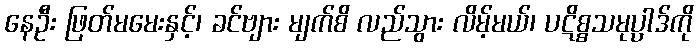
နေဦး ဖြတ်မမေးနှင့်၊ ခင်ဗျား မျက်စိ လည်သွား လိမ့်မယ်၊ ပဋိစ္စသမုပ္ပာဒ်ကို